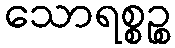
သောရစ္စဉ္စ